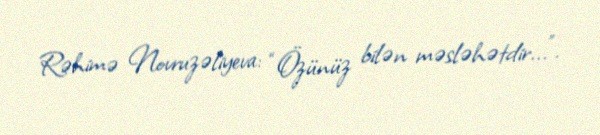
Rəhimə Novruzəliyeva: “Özünüz bilən məsləhətdir...”.